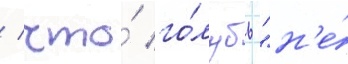
/ что́ го́лубь "н'е́